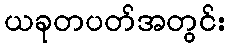
ယခုတပတ်အတွင်း